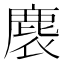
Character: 𪊘